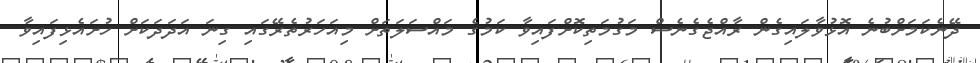
ދޭނެކަމަށްބުނެ އޮޅުވާލައިގެން ރާއްޖެގެނެސް މަގުމަތިކޮށްފައިވާ ކަމުގެ މައްސަލަތަށް މިއަހަރުތެރޭގައި ގިނަ އަދަދަކަށް ހުށައެޅިފައިވާ